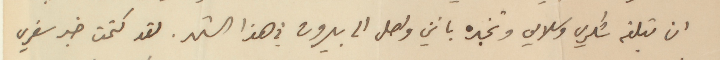
ان تبلغه شكري وسلامي وتخبره بانني واصل الى بيروت في هذا الشهر. لقد كتمت خبر سفري